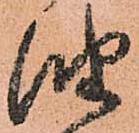
油